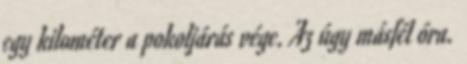
egy kilométer a pokoljárás vége. Az úgy másfél óra.